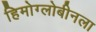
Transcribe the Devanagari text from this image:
हिमोग्लोबीनला